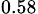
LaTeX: _{0.58}